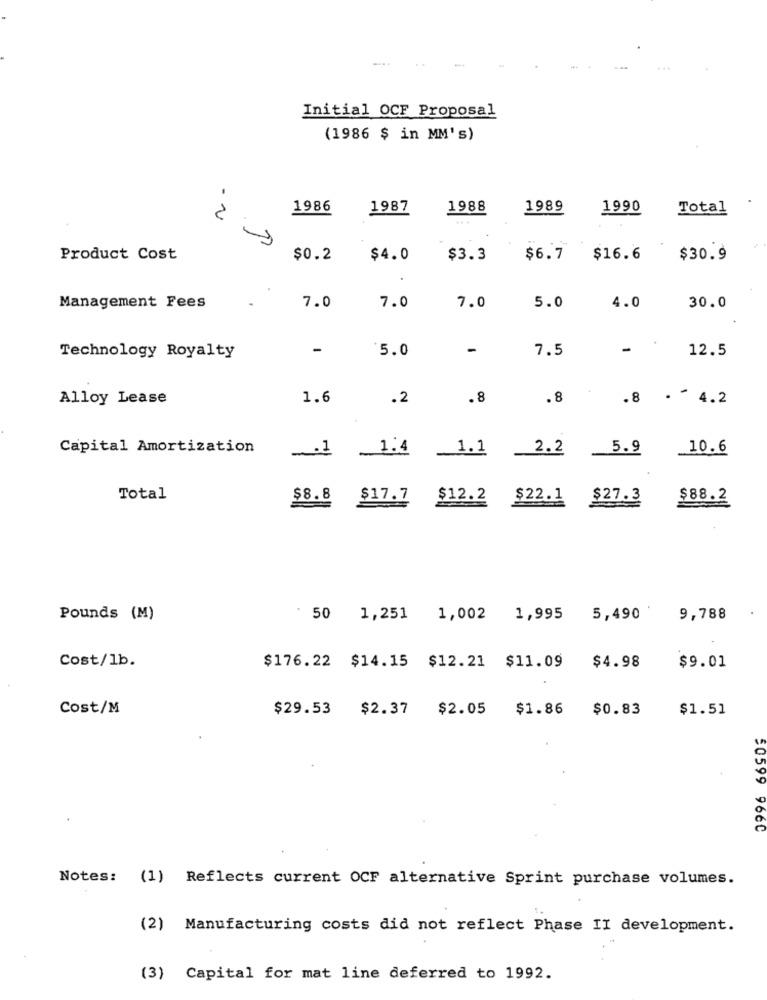
...
Initial OCF Proposal
(1986 $ in MM's)
-
1986
1987
1988
1989
1990
Total
2
...
Product Cost
$0.2
$4.0
$3.3
$6.7
$16.6
$30.9
7.0
7.0
7.0
5.0
Management Fees
4.0
30.0
-
5.0
-
7.5
-
12.5
Technology Royalty
Alloy Lease
1.6
.2
.8
.8
.8 . 4.2
Capital Amortization
1.4
1.1
_2.2
5.9
10.6
1
Total
$8.8
$17.7 $12.2 $22.1 $27.3
$88.2
Pounds (M)
: 50 1,251
1,002
1,995 5,490
9,788
Cost/1b.
$176.22 $14.15 $12.21 $11.09
$4.98
$9.01
Cost/M
$29.53
$2.37
$2.05
$1.86 $0.83
$1.51
50599 966C
Notes: (1) Reflects current OCF alternative Sprint purchase volumes.
(2) Manufacturing costs did not reflect Phase II development.
(3) Capital for mat line deferred to 1992.